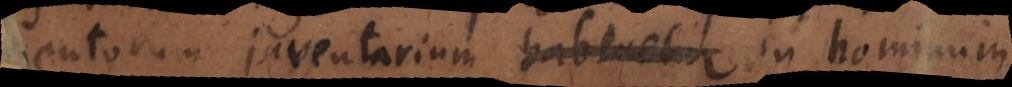
entorum inventarium haberetur in hominum